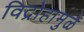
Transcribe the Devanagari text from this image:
विद्रोहामुळे